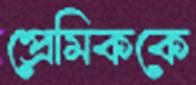
প্রেমিককে